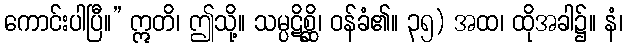
ကောင်းပါပြီ။” ဣတိ၊ ဤသို့။ သမ္ပဋိစ္ဆိ၊ ဝန်ခံ၏။ ၃၅) အထ၊ ထိုအခါ၌။ နံ၊